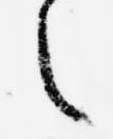
之